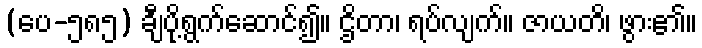
(ပေ-၅၈၅) ချီပို့ရွက်ဆောင်၍။ ဌိတာ၊ ရပ်လျက်။ ဇာယတိ၊ ဖွား၏။